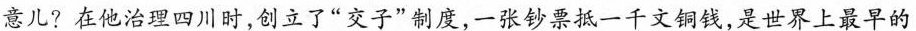
意儿?在他治理四川时，创立了”交子”制度，一张钞票抵一千文铜钱，是世界上最早的